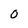
Character: O